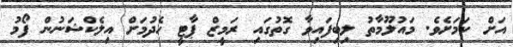
އަށް ކަމަށެވެ. މައުލޫމާތު ލިބިފައިވާ ގޮތުގައި ރަމީޒް ޕާޓީ ހެދުމަށް އިލެކްޝަނުން ފޯމު